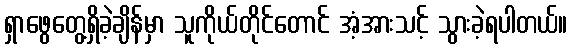
ရှာဖွေတွေ့ရှိခဲ့ချိန်မှာ သူကိုယ်တိုင်တောင် အံ့အားသင့် သွားခဲ့ရပါတယ်။